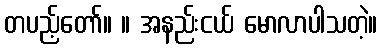
တပည့်တော်။ ။ အနည်းငယ် မောလာပါသတဲ့။